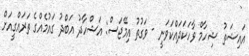
އައިޝަތު ޝިހާމް ވާހަކަދައްކަވަނީ - ވަގުތު އިމޭޖަސް: އަޝްހާދު އަބްދު ގައުމެއްގެ ތަރައްގީއަށް